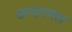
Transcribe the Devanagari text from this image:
सरदारमल